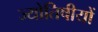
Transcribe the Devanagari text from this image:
ज्योतिषीयों